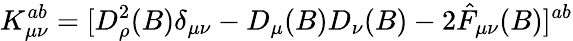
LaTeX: K_{\mu\nu}^{ab}=[D_{\rho}^{2}(B)\delta_{\mu\nu}-D_{\mu}(B)D_{\nu}(B)-2\hat{F}_{\mu\nu}(B)]^{ab}